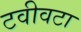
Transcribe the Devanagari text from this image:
टवीवटा